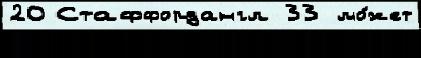
20 Стаффордангл 33 мо́жет